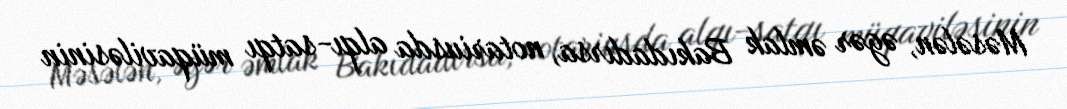
Məsələn, əgər əmlak Bakıdadırsa, notariusda alqı-satqı müqaviləsinin